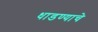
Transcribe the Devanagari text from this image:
धाडण्याचे